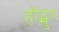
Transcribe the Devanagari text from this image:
हॉट्स्पुर